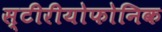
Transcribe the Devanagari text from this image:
स्टीरीयोफोनिक